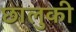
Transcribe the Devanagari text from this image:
छालुकी